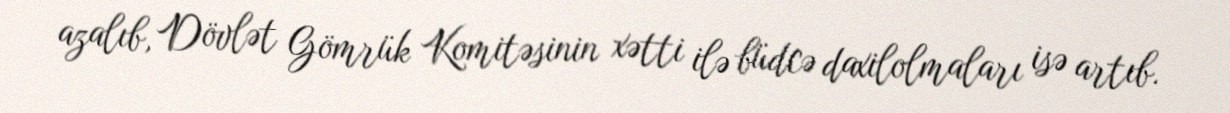
azalıb, Dövlət Gömrük Komitəsinin xətti ilə büdcə daxilolmaları isə artıb.